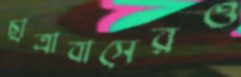
ছাত্রাবাসেরও